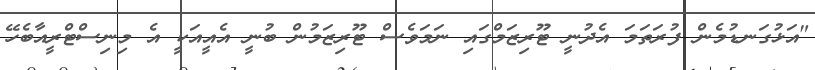
"އަޅުގަނޑުމެން ފުރަތަމަ އެދުނީ ޓޫރިޒަމްގައި ނަމަވެސް ޓޫރިޒަމުން ބުނީ އެއީއަކީ އެ މިނިސްޓްރީއާބެހޭ